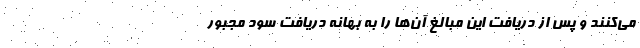
می‌کنند و پس از دریافت این مبالغ آن‌ها را به بهانه دریافت سود مجبور